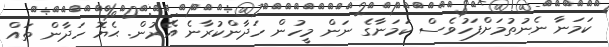
ކަމަނާ ނެނުތުމަށްފަހުވެސް ކަމަނާގެ ނަން މީހުން ހަދާންކުރާނެ އޭރުން. ޙެޔޮ ހަދާން ތައް